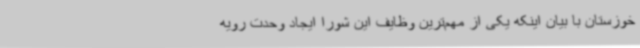
خوزستان با بیان اینکه یکی از مهم‌ترین وظایف این شورا ایجاد وحدت رویه